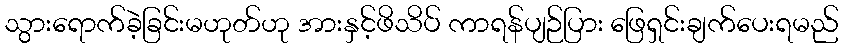
သွားရောက်ခဲ့ခြင်းမဟုတ်ဟု အားနှင့်ဖိသိပ် ကာရန်ပျဉ်ပြား ဖြေရှင်းချက်ပေးရမည်